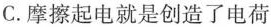
C. 摩擦起电就是创造了电荷